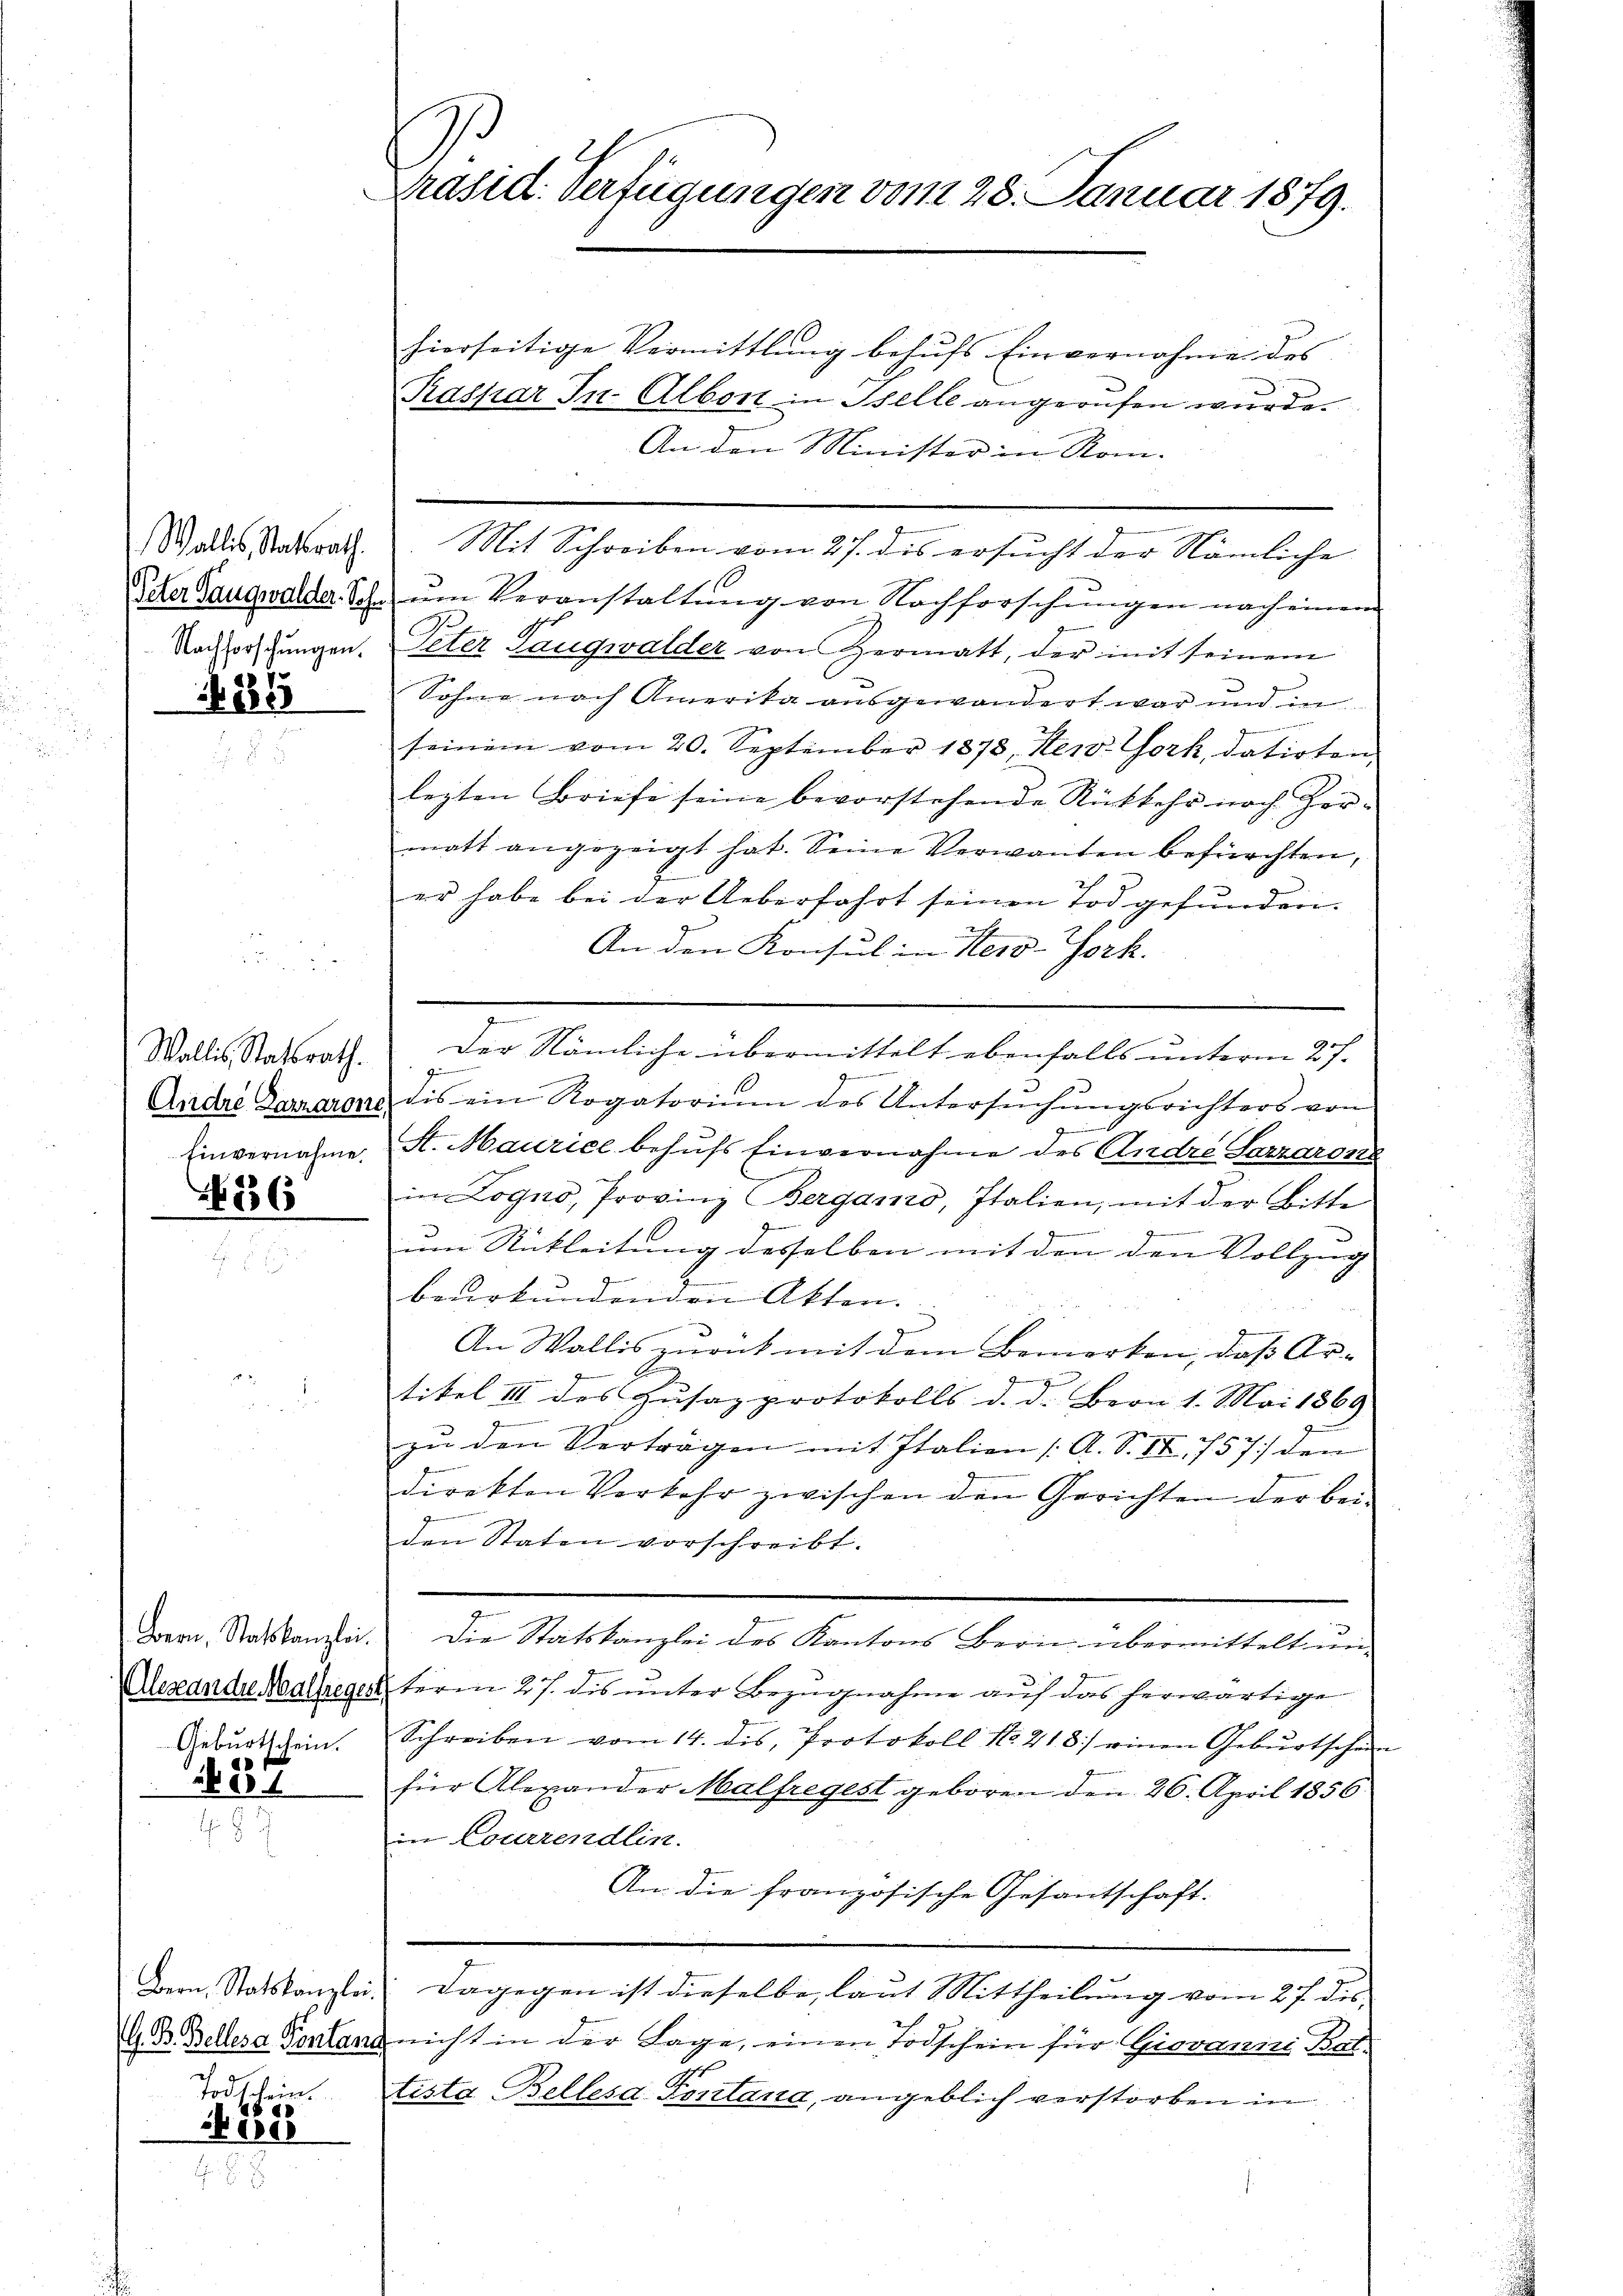
Nachforschungen.

)

4185

86

Geburtschein.
a

204

Todschein.
886
eis

Präsid. Verfügungen vom 28. Januar 1879.

hierseitige Vermittlung behufs Einvernahmen des
Kaspar In- Albont in Stelle angerufen wurden
An den Minister in Rom-
Wallis Stadtrath. Mit Schreiben vom 27. des ersucht der Nämliche
Paer Saugwalder Sch. ŭm Veranstaltung von Nachforschungen nach einem
Peter Taugwalder von Hermatt, der mit seinem
Sohne nach Amerika ausgewandert war und in
seinem vom 20. September 1878 New York, datirten,
lezten Briefe seine bevorstehende Rückkehr noch her-
matt angezeigt hat. Seine Verwanden befürchten,
er habe bei der Ueberfahrt seinen Tod gefunden.
An den Konsul in Herd-Gork.
.
ge
G
Andre Dararone, dis ein Rogatorium des Untersuchungsrichters von
g
Einvernahme, St. Maurice behufs Einvernahme des Andre Sorzaron
in Logno, Provinz (Bergamo, Italien, mit der Bitte
um Rückleitung desselben mit den den Vollzug
beurkundenden Akten.
An Wallis zurück mit dem Bemerken, daß Ar¬

g
titel III des Zŭsazprotokolls d. d. Bern 1. Mai 1869
zu den Verträgen mit Italien [A. S. 86. 757/ den
direkten Verkehr zwischen den Gerichten der beiden Staten vorschreibt.
.
Bern, Statskanzlei. Die Statskanzlei des Kantons Bern übermittelt un
Alexandre Malheger term 27. dis unter Bezugnahme auf das herwärtige
Schreiben vom 14. des Protokoll No 218.) einen Gebŭrtschen
für Alexander Malfregest geboren den 26. April 1856
in Courrendlin.
An die französische Gesantschaft.
n
Dern. Statskanzlei. Dagegen ist dieselbe, laut Mittheilung vom 27. des
G. B. Bellera Pontanz nicht in der Lage, einen Todschein für Giovanni Bat-
tista Bellesa- Fontana, angeblich verstorben in

Wallis Statsrath. Der Nämliche übermittelt ebenfalls unterm 27.